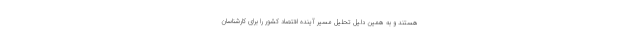
هستند و به همین دلیل تحلیل مسیر آینده اقتصاد کشور را برای کارشناسان